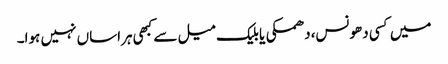
میں کسی دھونس،دھمکی یا بلیک میل سے کبھی ہراساں نہیں ہوا۔